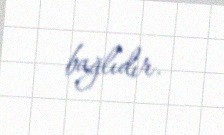
bağlıdır.